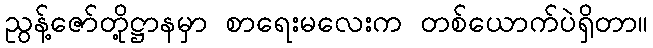
ညွန့်ဇော်တို့ဋ္ဌာနမှာ စာရေးမလေးက တစ်ယောက်ပဲရှိတာ။